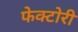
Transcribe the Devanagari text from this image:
फेक्टोरी